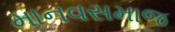
માનવસમાજ